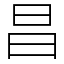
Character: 昌